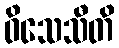
ဝိသေသီတိ